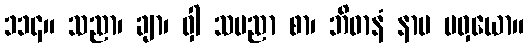
၁၁၄။ သညာ၊ ချာ၊ ဝှါ သမညာ စာ၊ ဘိဓာနံ နာမ မဝှယော။